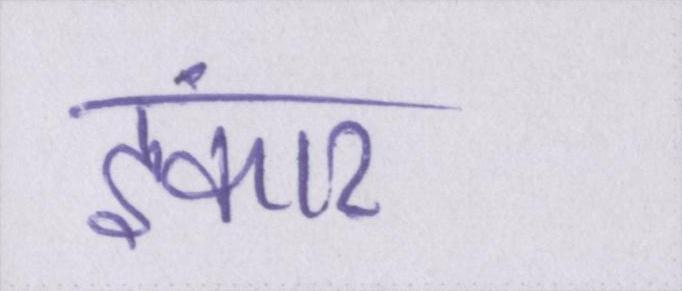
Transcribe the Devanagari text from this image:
इंकार